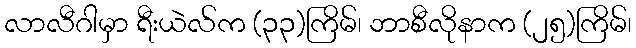
လာလီဂါမှာ ရီးယဲလ်က (၃၃)ကြိမ်၊ ဘာစီလိုနာက (၂၅)ကြိမ်၊